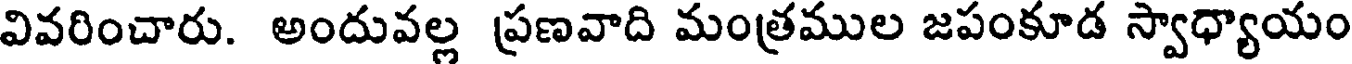
వివరించారు. అందువల్ల ప్రణవాది మంత్రముల జపంకూడ స్వాధ్యాయం